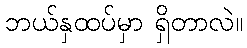
ဘယ်နှထပ်မှာ ရှိတာလဲ။